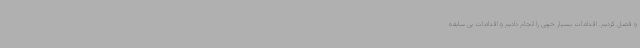
و فصل کردیم. اقدامات بسیار خوبی را انجام دادیم و اقدامات بی سابقه